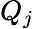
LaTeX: Q_{j}